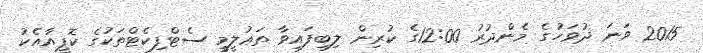
2015 ވަނަ ދުވަހުގެ މެންދުރު 12:00ގެ ކުރިން ލިބިފައިވާ ތަޢުލީމީ ސެޓްފިކެޓްތަކުގެ ކޮޕީއާއެކު